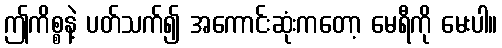
ဤကိစ္စနဲ့ ပတ်သက်၍ အကောင်းဆုံးကတော့ မေရီကို မေးပါ။